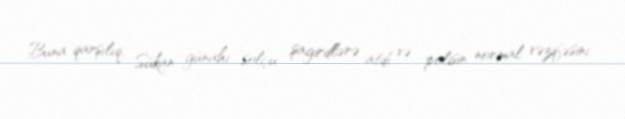
Buna qarşılıq, Sükan günahı solçu şagirdlərə atdı və polisin normal vəzifəsini